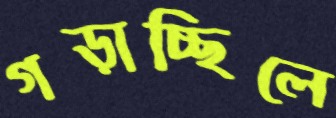
গড়াচ্ছিলে